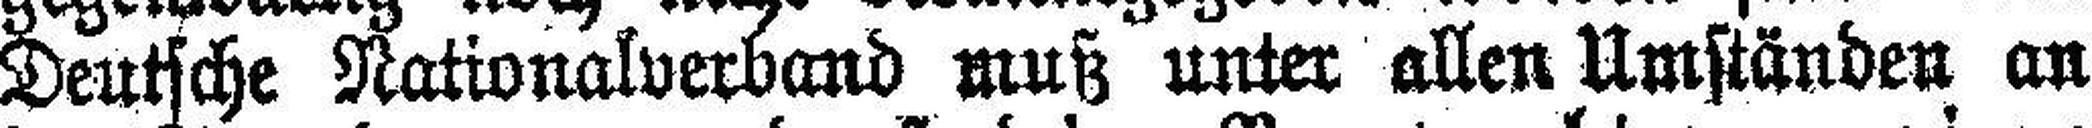
Deutsche Nationalverband muß unter allen Umständen an